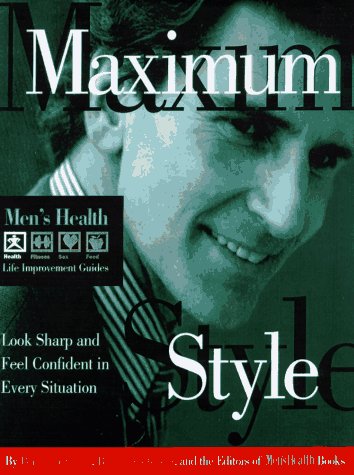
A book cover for Maximum Style: Look Sharp and Feel Confident in Every Situation (Men's Health Life Improvement Guides); Perry Garfinkel; Health, Fitness & Dieting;